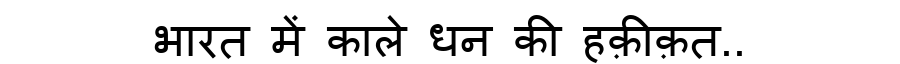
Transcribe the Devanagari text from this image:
भारत में काले धन की हक़ीक़त..